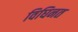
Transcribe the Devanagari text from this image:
विघिनत